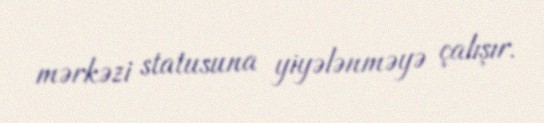
mərkəzi statusuna yiyələnməyə çalışır.